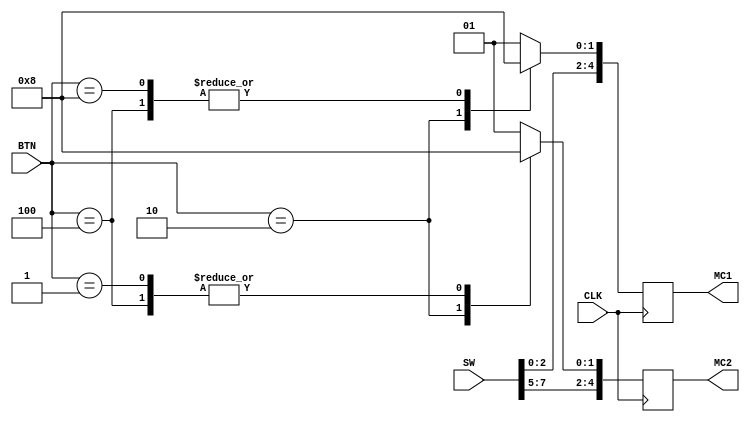
`timescale 1ns / 1ps
//////////////////////////////////////////////////////////////////////////////////
// Company: 
// Engineer: 
// 
// Design Name: 
// Module Name:    direction_control 
// Project Name: 
// Target Devices: 
// Tool versions: 
// Description: 
//
// Dependencies: 
//
// Revision: 
// Revision 0.01 - File Created
// Additional Comments: 
//
//////////////////////////////////////////////////////////////////////////////////
module direction_control(
		input CLK,
		input [4:0] BTN,
		input [7:0] SW,
		output reg [4:0] MC1,
		output reg [4:0] MC2		
    );

	always @(posedge CLK) begin
		//Direction Control
		case(BTN)
			5'b 1zzzz:begin //Neutral
							MC1[1:0] <= 2'b 01;
							MC2[1:0] <= 2'b 01;
						end
			5'b 00100:begin //Forward
							MC1[1:0] <= 2'b 00;
							MC2[1:0] <= 2'b 00;
						end
			5'b 00010:begin //Reverse
							MC1[1:0] <= 2'b 10;
							MC2[1:0] <= 2'b 10;
						end
			5'b 01000:begin //Stationary Left
							MC1[1:0] <= 2'b 00;
							MC2[1:0] <= 2'b 01;
						end
			5'b 00001:begin //Stationary Right
							MC1[1:0] <= 2'b 01;
							MC2[1:0] <= 2'b 00;
						end
			default:begin //Default Neutral
							MC1[1:0] <= 2'b 01;
							MC2[1:0] <= 2'b 01;
						end
		endcase
		
		//Power Control for MC1
		MC1[4:2] <= SW[2:0];
		
		//Power Control for MC2
		MC2[4:2] <= SW[7:5];
	end

endmodule